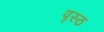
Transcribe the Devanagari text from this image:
पृस्ठ